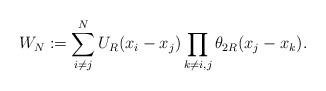
LaTeX: \begin{align*} W_N := \sum_{i\ne j}^N U_R(x_i-x_j) \prod_{k\ne i,j} \theta_{2R} (x_j-x_k).\end{align*}